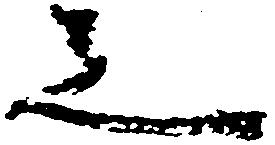
之